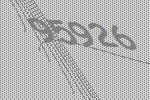
95926